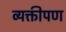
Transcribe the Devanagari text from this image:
व्यक्तीपण